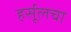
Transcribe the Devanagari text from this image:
हर्सूलचा